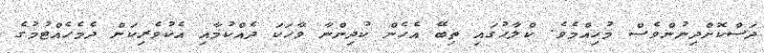
ދަސްކޮށްދިނުންވެސް މުހިއްމެވެ. ކްލާހުގައި ތިބޭ އެހެން ކުދިންނާ ވާހަކަ ދެއްކުމާއި އެކުވެރިކަން ދެމެހެއްޓުމުގެ